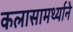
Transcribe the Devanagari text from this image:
कलासामर्थ्याने